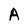
Character: A